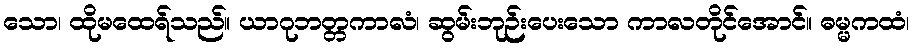
သော၊ ထိုမထေရ်သည်။ ယာဂုဘတ္တကာလံ၊ ဆွမ်းဘုဉ်းပေးသော ကာလတိုင်အောင်။ ဓမ္မကထံ၊